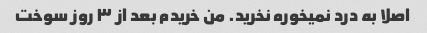
اصلا به درد نمیخوره نخرید. من خریدم بعد از ۳ روز سوخت